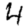
Digit: 4